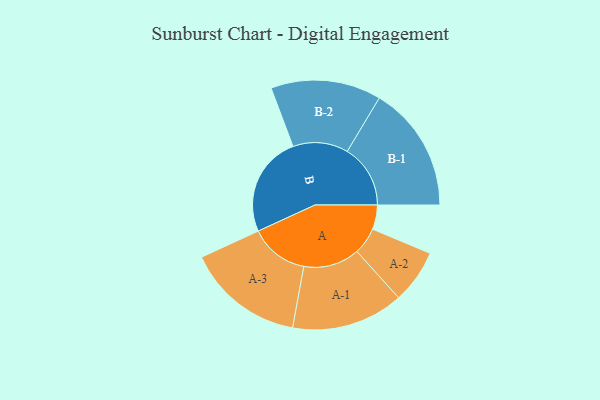
{"axis": {"x": "Segment", "y": "Value"}, "legend": ["", "A", "B"], "data": [{"x": "A", "y": 113, "type": ""}, {"x": "B", "y": 467, "type": ""}, {"x": "A-1", "y": 260, "type": "A"}, {"x": "A-2", "y": 125, "type": "A"}, {"x": "A-3", "y": 273, "type": "A"}, {"x": "B-1", "y": 293, "type": "B"}, {"x": "B-2", "y": 256, "type": "B"}]}